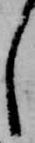
し